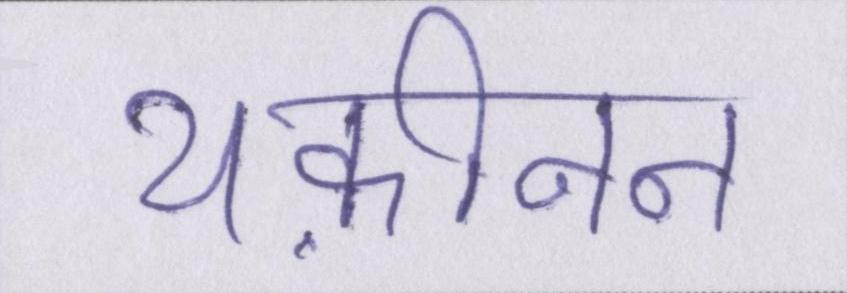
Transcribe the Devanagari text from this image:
यक़ीनन